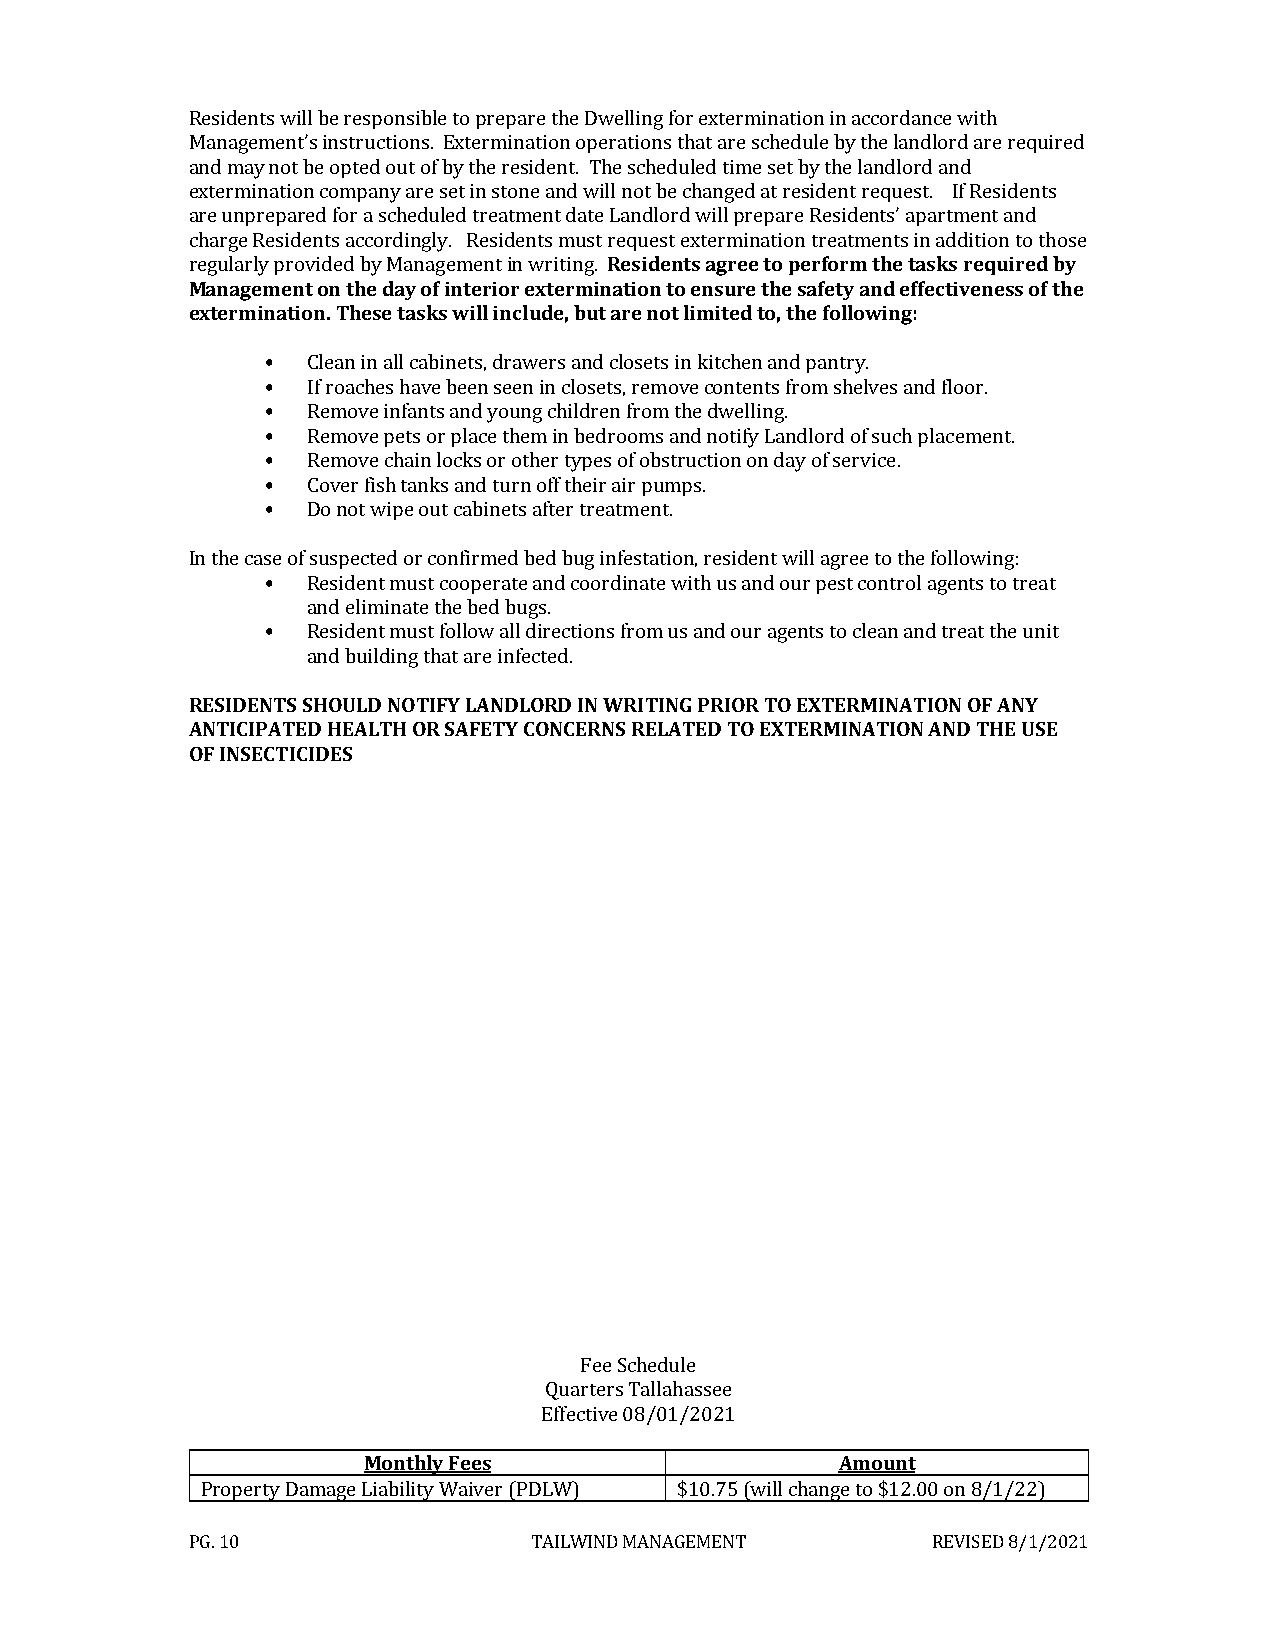
Residents will be responsible to prepare the Dwelling for extermination in accordance with
 Management’s instructions. Extermination operations that are schedule by the landlord are required
 and may not be opted out of by the resident. The scheduled time set by the landlord and
 extermination company are set in stone and will not be changed at resident request. If Residents
 are unprepared for a scheduled treatment date Landlord will prepare Residents’ apartment and
 charge Residents accordingly. Residents must request extermination treatments in addition to those
 regularly provided by Management in writing. Residents agree to perform the tasks required by
 Management on the day of interior extermination to ensure the safety and effectiveness of the
 extermination. These tasks will include, but are not limited to, the following:
 •  Clean in all cabinets, drawers and closets in kitchen and pantry.
 •  If roaches have been seen in closets, remove contents from shelves and floor.
 •  Remove infants and young children from the dwelling.
 •  Remove pets or place them in bedrooms and notify Landlord of such placement.
 •  Remove chain locks or other types of obstruction on day of service.
 •  Cover fish tanks and turn off their air pumps.
 •  Do not wipe out cabinets after treatment.
 In the case of suspected or confirmed bed bug infestation, resident will agree to the following:
 •  Resident must cooperate and coordinate with us and our pest control agents to treat
 and eliminate the bed bugs.
 •  Resident must follow all directions from us and our agents to clean and treat the unit
 and building that are infected.
 RESIDENTS SHOULD NOTIFY LANDLORD IN WRITING PRIOR TO EXTERMINATION OF ANY
 ANTICIPATED HEALTH OR SAFETY CONCERNS RELATED TO EXTERMINATION AND THE USE
 OF INSECTICIDES
 Fee Schedule
 Quarters Tallahassee
 Effective 08/01/2021
 Monthly Fees                    Amount
 Property Damage Liability Waiver (PDLW) $10.75 (will change to $12.00 on 8/1/22)
 PG. 10                 TAILWIND MANAGEMENT        REVISED 8/1/2021